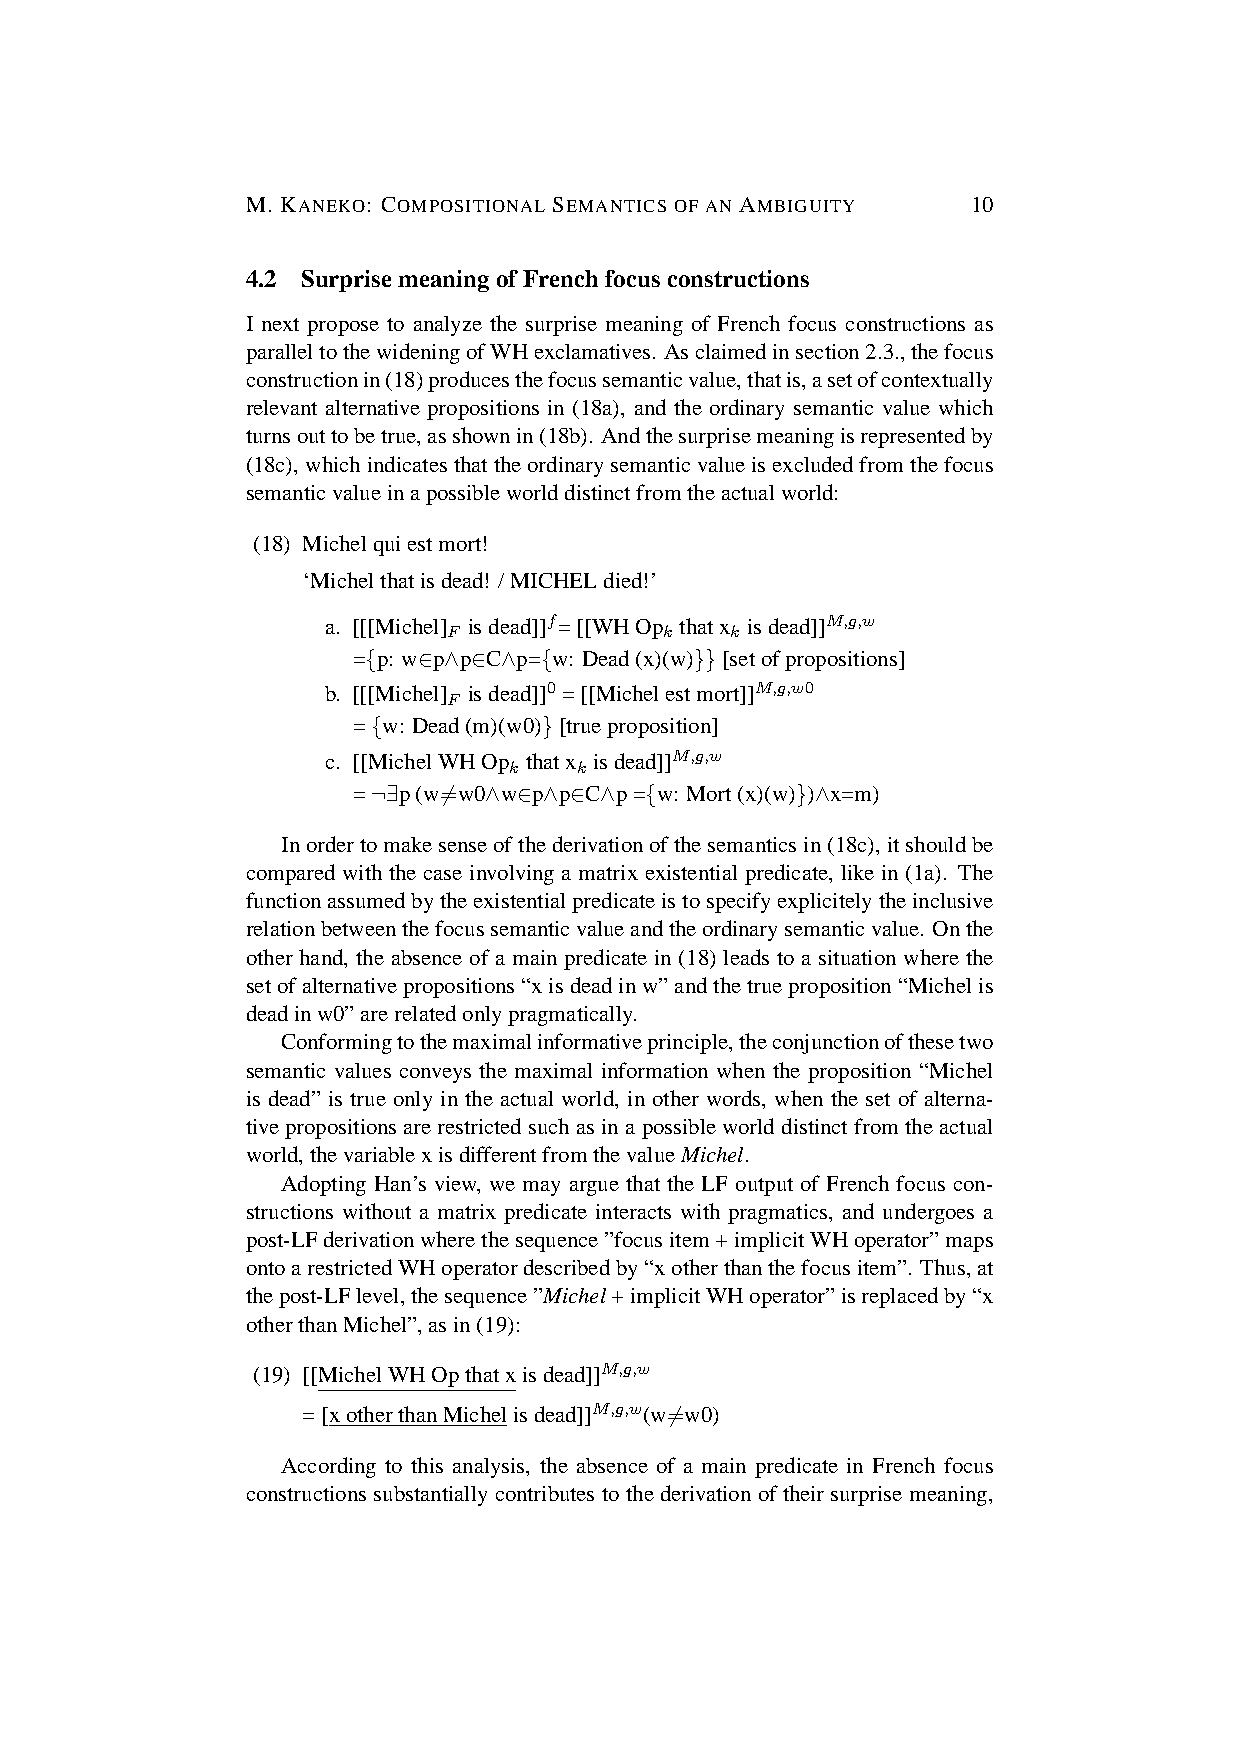
M. KANEKO: COMPOSITIONAL SEMANTICS OF AN AMBIGUITY 10
 4.2 SurprisemeaningofFrenchfocusconstructions
 I next propose to analyze the surprise meaning of French focus constructions as
 paralleltothewideningofWHexclamatives. Asclaimedinsection2.3.,thefocus
 constructionin(18)producesthefocussemanticvalue,thatis,asetofcontextually
 relevant alternative propositions in (18a), and the ordinary semantic value which
 turnsouttobetrue,asshownin(18b). Andthesurprisemeaningisrepresentedby
 (18c),whichindicatesthattheordinarysemanticvalueisexcludedfromthefocus
 semanticvalueinapossibleworlddistinctfromtheactualworld:
 (18) Michelquiestmort!
 ‘Michelthatisdead! /MICHELdied!’
 a. [[[Michel] isdead]]f=[[WHOp thatx isdead]]M,g,w
 F             k   k
 ={p: w∈p∧p∈C∧p={w: Dead(x)(w)}}[setofpropositions]
 b. [[[Michel] isdead]]0 =[[Michelestmort]]M,g,w0
 F
 ={w: Dead(m)(w0)}[trueproposition]
 c. [[MichelWHOp thatx isdead]]M,g,w
 k   k
 =¬∃p(w6=w0∧w∈p∧p∈C∧p={w: Mort(x)(w)})∧x=m)
 Inordertomakesenseofthederivationofthesemanticsin(18c),itshouldbe
 compared with the case involving a matrix existential predicate, like in (1a). The
 functionassumedbytheexistentialpredicateistospecifyexplicitelytheinclusive
 relationbetweenthefocussemanticvalueandtheordinarysemanticvalue. Onthe
 other hand, the absence of a main predicate in (18) leads to a situation where the
 setofalternativepropositions“xisdeadinw”andthetrueproposition“Michelis
 deadinw0”arerelatedonlypragmatically.
 Conformingtothemaximalinformativeprinciple,theconjunctionofthesetwo
 semantic values conveys the maximal information when the proposition “Michel
 is dead” is true only in the actual world, in other words, when the set of alterna-
 tivepropositionsarerestrictedsuchasinapossibleworlddistinctfromtheactual
 world,thevariablexisdifferentfromthevalueMichel.
 Adopting Han’s view, we may argue that the LF output of French focus con-
 structions without a matrix predicate interacts with pragmatics, and undergoes a
 post-LFderivationwherethesequence”focusitem+implicitWHoperator”maps
 ontoarestrictedWHoperatordescribedby“xotherthanthefocusitem”. Thus,at
 thepost-LFlevel,thesequence”Michel+implicitWHoperator”isreplacedby“x
 otherthanMichel”,asin(19):
 (19) [[MichelWHOpthatxisdead]]M,g,w
 =[xotherthanMichelisdead]]M,g,w(w6=w0)
 According to this analysis, the absence of a main predicate in French focus
 constructions substantially contributes to the derivation of their surprise meaning,